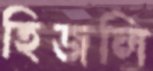
হিজলি